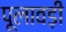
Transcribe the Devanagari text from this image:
पूलावड़ी